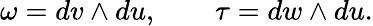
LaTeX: \omega=dv\wedge du,\quad\quad\tau=dw\wedge du.